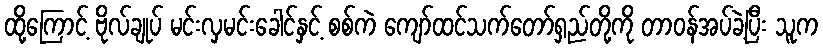
ထို့ကြောင့် ဗိုလ်ချုပ် မင်းလှမင်းခေါင်နှင့် စစ်ကဲ ကျော်ထင်သက်တော်ရှည်တို့ကို တာဝန်အပ်ခဲ့ပြီး သူက